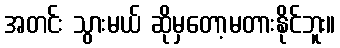
အတင်း သွားမယ် ဆိုမှတော့မတားနိုင်ဘူး။